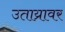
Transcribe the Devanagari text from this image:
उताय्रावर